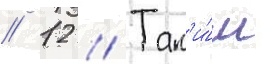
// 12 // Так'и́м